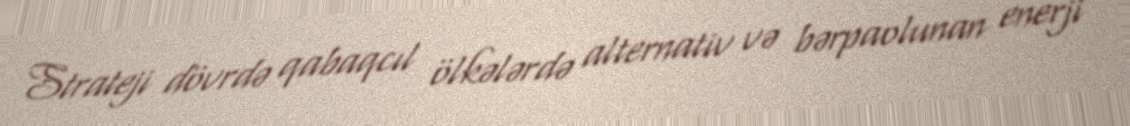
Strateji dövrdə qabaqcıl ölkələrdə alternativ və bərpaolunan enerji